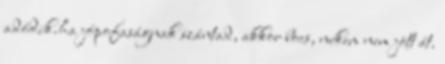
adódik.ha jópofaságnak szántad, akkor bocs, nekem nem jött át.